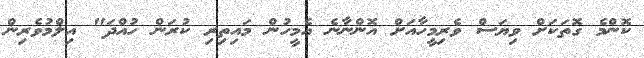
ކޮންމެ ގޮތަކަށް ވިޔަސް ވެރިމީހާއަށް އޮންނާނެ އެމީހުން މައިތިރި ކުރަން ހުއްދަ" އިލްމުވެރިން